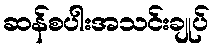
ဆန်စပါးအသင်းချုပ်